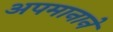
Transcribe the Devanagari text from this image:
अपमानाने